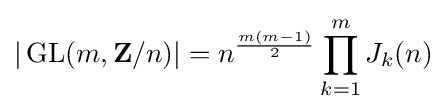
|\operatorname {GL} (m,\mathbf {Z} /n)|=n^{\frac {m(m-1)}{2}}\prod _{k=1}^{m}J_{k}(n)